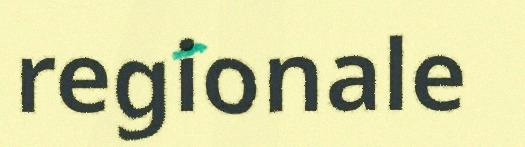
regionale